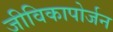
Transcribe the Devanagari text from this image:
जीविकापोर्जन